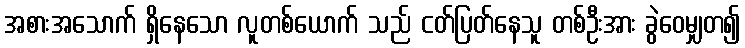
အစားအသောက် ရှိနေသော လူတစ်ယောက် သည် ငတ်ပြတ်နေသူ တစ်ဦးအား ခွဲဝေမျှတ၍